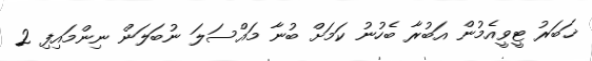
ޚަބަރު ޓީވީއެމުން އަބުރާ ބެހުނު ކަމަށް ބުނާ މައްސަލަ ނުބަލަން ނިންމައިފި 2